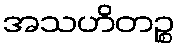
အသဟိတဉ္စ